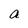
Character: a